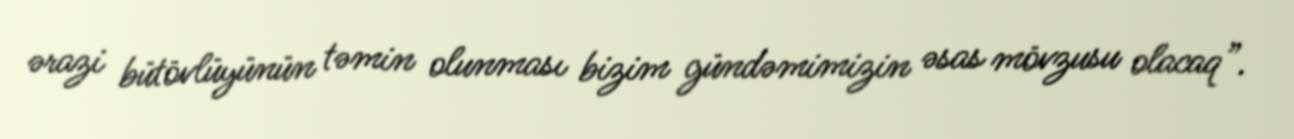
ərazi bütövlüyünün təmin olunması bizim gündəmimizin əsas mövzusu olacaq”.